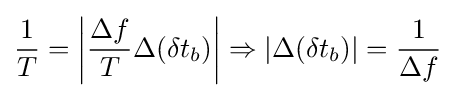
{\frac {1}{T}}=\left\vert {\frac {\Delta f}{T}}\Delta (\delta t_{b})\right\vert \Rightarrow \left\vert \Delta (\delta t_{b})\right\vert ={\frac {1}{\Delta f}}